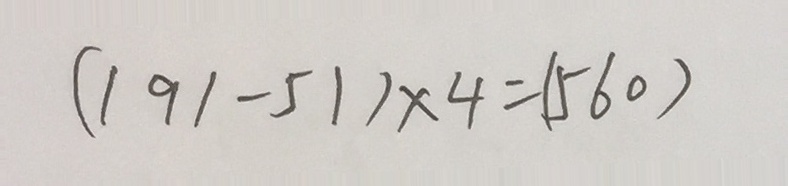
( 1 9 1 - 5 1 ) \times 4 = ( 5 6 0 )